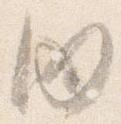
内